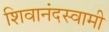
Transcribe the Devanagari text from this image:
शिवानंदस्वामी